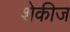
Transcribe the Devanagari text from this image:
शेकीज